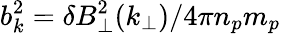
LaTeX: b_{k}^{2}=\delta B_{\perp}^{2}(k_{\perp})/4\pi n_{p}m_{p}